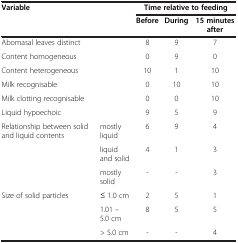
| <ROWSPAN=2-COLSPAN=2> Variable | <COLSPAN=3> Time relative to feeding |
 | Before | During | 15 minutes after |
 | --- | --- | --- | --- | --- |
 | <COLSPAN=2> Abomasal leaves distinct | 8 | 9 | 7 |
 | <COLSPAN=2> Content homogeneous | 0 | 9 | 0 |
 | <COLSPAN=2> Content heterogeneous | 10 | 1 | 10 |
 | <COLSPAN=2> Milk recognisable | 0 | 10 | 10 |
 | <COLSPAN=2> Milk clotting recognisable | 0 | 0 | 10 |
 | <COLSPAN=2> Liquid hypoechoic | 9 | 5 | 9 |
 | <ROWSPAN=3> Relationship between solid and liquid contents | mostly liquid | 6 | 9 | 4 |
 | liquid and solid | 4 | 1 | 3 |
 | mostly solid | - | - | 3 |
 | <ROWSPAN=3> Size of solid particles | ≤ 1.0 cm | 2 | 5 | 1 |
 | 1.01 – 5.0 cm | 8 | 5 | 5 |
 | > 5.0 cm | - | - | 4 |